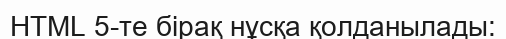
HTML 5-те бірақ нұсқа қолданылады: